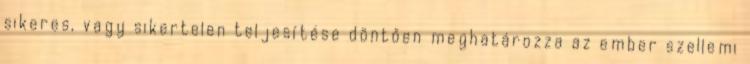
sikeres, vagy sikertelen teljesítése döntően meghatározza az ember szellemi